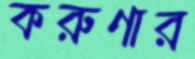
করুণার